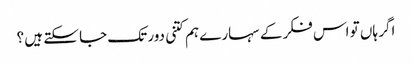
اگر ہاں تو اس فکر کے سہارے ہم کتنی دور تک جا سکتے ہیں ؟